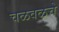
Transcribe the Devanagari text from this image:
चळवळचे